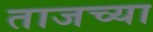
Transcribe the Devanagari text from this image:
ताजच्या